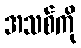
အသစ်ကို